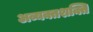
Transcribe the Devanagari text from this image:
अव्यक्तशक्ति